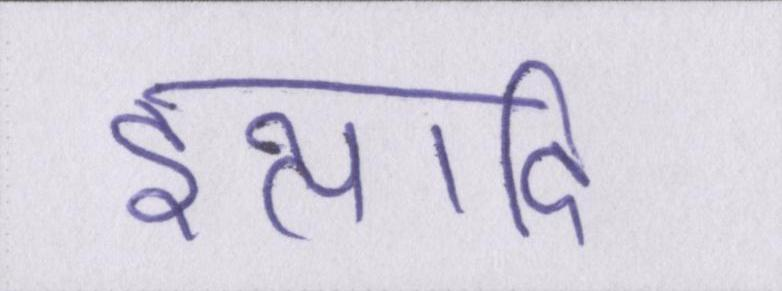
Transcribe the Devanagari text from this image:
इत्यादि